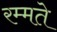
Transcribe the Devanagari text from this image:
रम्मते